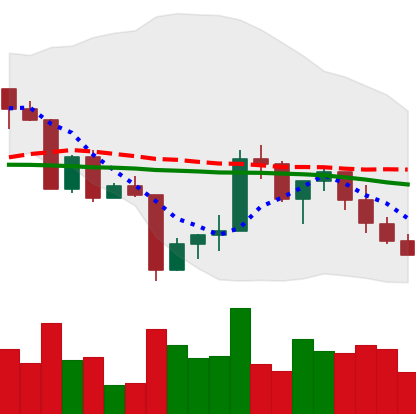
Ticker: XRP-USD
Chart end date: 2022-04-23
Forward return: -8.95%
Label: down_7plus